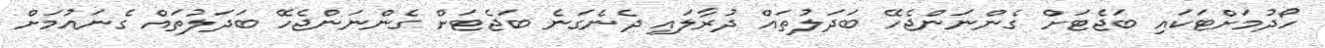
ހޯދުމަށްޓަކައި ބަޖެޓަށް ގެންނަންޖެހޭ ބަދަލުތައް ދުރާލައި ދެނެގަނެ ބަޖެޓަށް ގެންނަންޖެހޭ ބަދަލުތައް ގެނައުމަށް